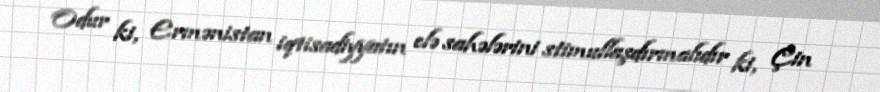
Odur ki, Ermənistan iqtisadiyyatın elə sahələrini stimullaşdırmalıdır ki, Çin